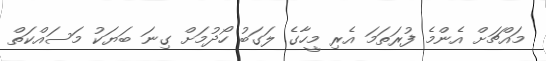
މައްޗަށް އެންމެ ފުރަތަމަ އެރި މީހާގެ ލަގަބު ހޯދުމަށް ގިނަ ބަޔަކު މަސައްކަތް